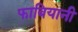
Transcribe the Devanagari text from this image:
फाबियानी